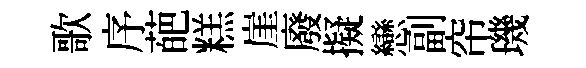
歌序葩糕崖廢擬戀副帘璣